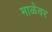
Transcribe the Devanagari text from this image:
माळेवर